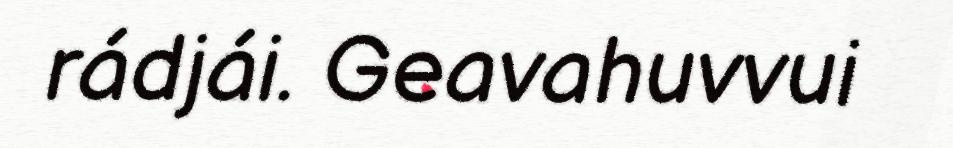
rádjái. Geavahuvvui